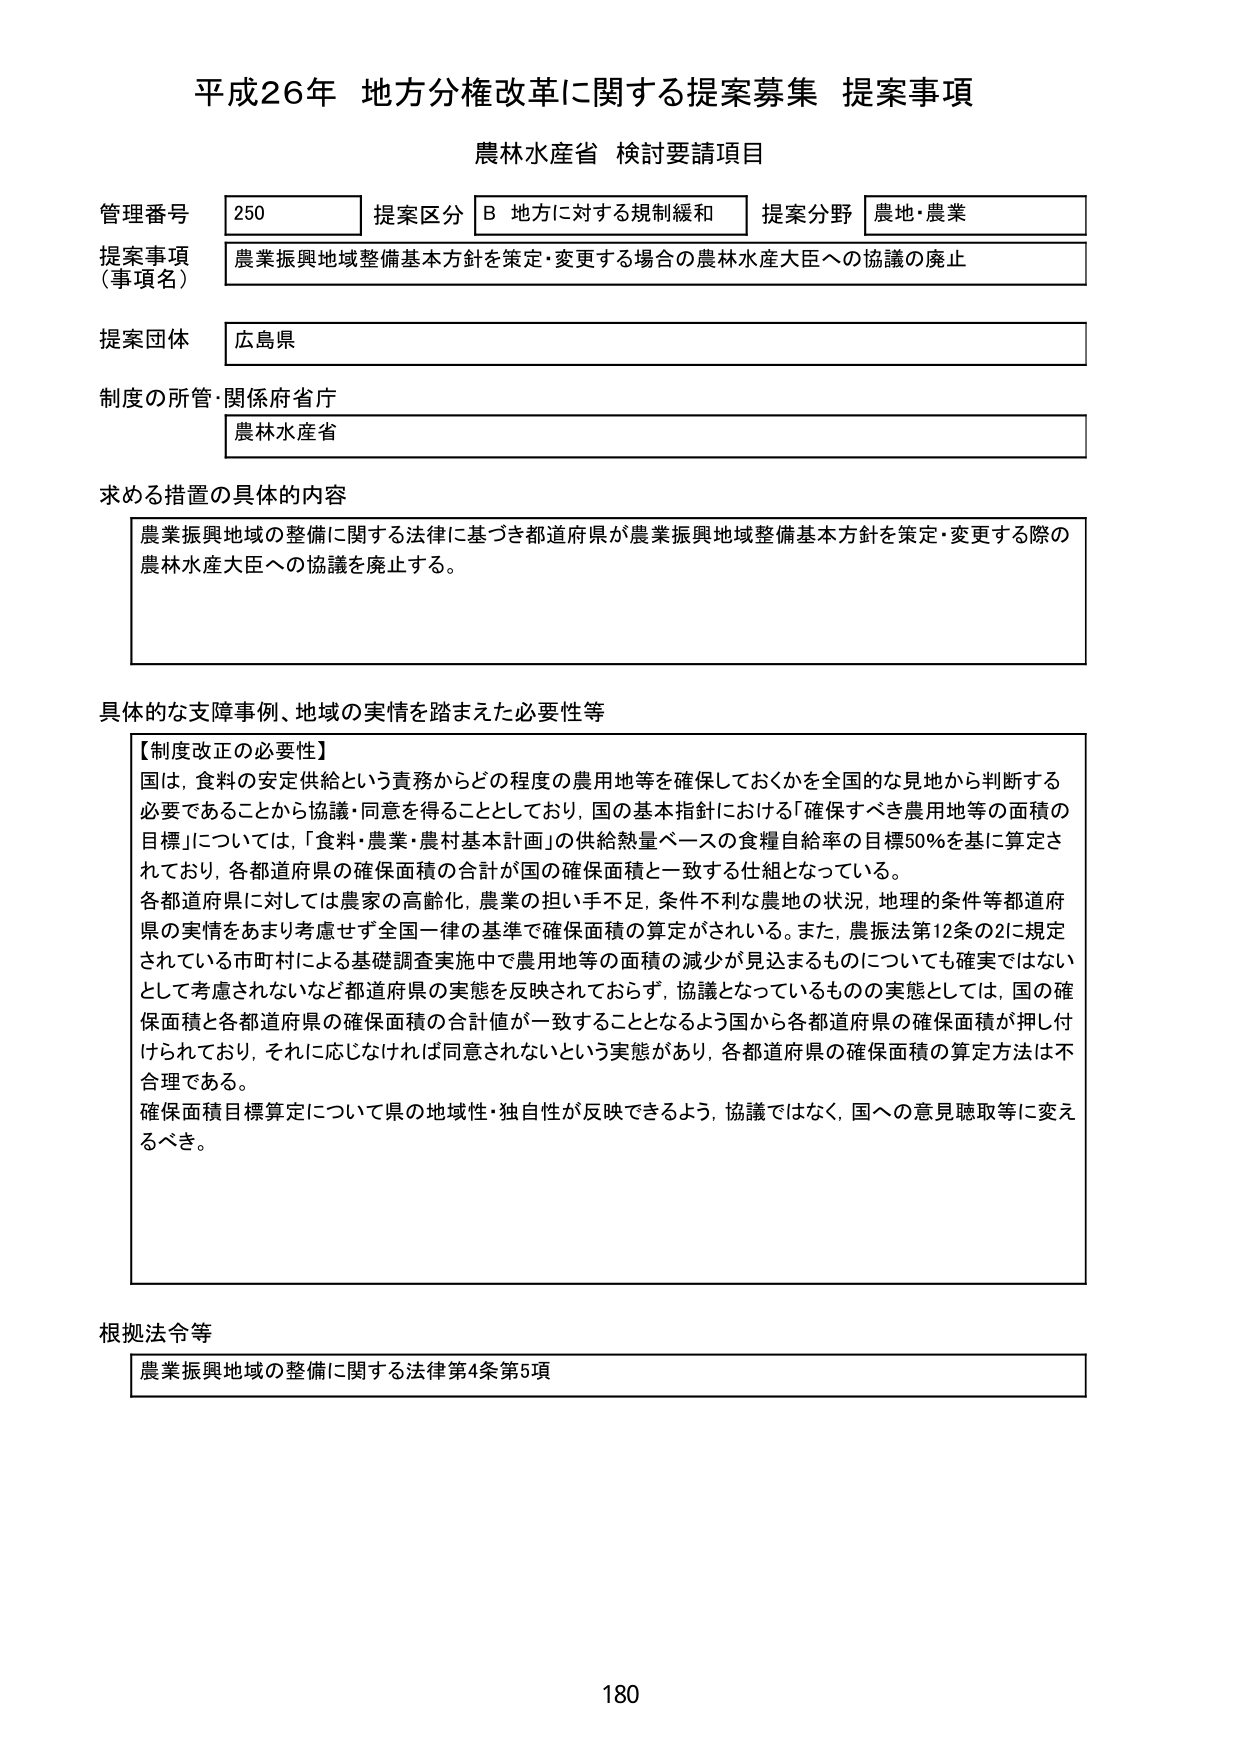
平成26年 地方分権改革に関する提案募集 提案事項
農林水産省 検討要請項目

管理番号 250 提案区分 B 地方に対する規制緩和 提案分野 農地・農業
提案事項（事項名） 農業振興地域整備基本方針を策定・変更する場合の農林水産大臣への協議の廃止
提案団体 広島県
制度の所管・関係府省庁 農林水産省

求める措置の具体的内容
農業振興地域の整備に関する法律に基づき都道府県が農業振興地域整備基本方針を策定・変更する際の農林水産大臣への協議を廃止する。

具体的な支障事例、地域の実情を踏まえた必要性等
【制度改正の必要性】
国は、食料の安定供給という責務からどの程度の農用地等を確保しておくかを全国的な見地から判断する必要であることから協議・同意を得ることとしており、国の基本指針における「確保すべき農用地等の面積の目標」については、「食料・農業・農村基本計画」の供給熱量ベースの食糧自給率の目標50％を基に算定されており、各都道府県の確保面積の合計が国の確保面積と一致する仕組となっている。
各都道府県に対しては農家の高齢化、農業の担い手不足、条件不利な農地の状況、地理的条件等都道府県の実情をあまり考慮せず全国一律の基準で確保面積の算定がされている。また、農振法第12条の2に規定されている市町村による基礎調査実施中で農用地等の面積の減少が見込まれるものについても確実ではないとして考慮されないなど都道府県の実態を反映されておらず、協議となっているものの実態としては、国の確保面積と各都道府県の確保面積の合計値が一致することとなるよう国から各都道府県の確保面積が押し付けられており、それに応じなければ同意されないという実態があり、各都道府県の確保面積の算定方法は不合理である。
確保面積目標算定について県の地域性・独自性が反映できるよう、協議ではなく、国への意見聴取等に変えるべき。

根拠法令等
農業振興地域の整備に関する法律第4条第5項

180